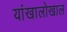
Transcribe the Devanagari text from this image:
यांखालोखाल